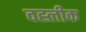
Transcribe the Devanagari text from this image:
वह्लीक